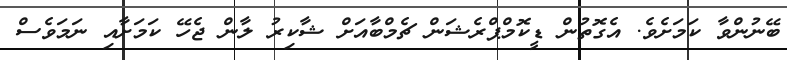
ބޭނުންވާ ކަމަށެވެ. އެގޮތުން ޑީކޮމްޕްރެޝަން ޗެމްބާއަށް ޝާކިރު ލާން ޖެހޭ ކަމަށާއި ނަމަވެސް